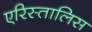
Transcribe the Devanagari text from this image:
एरिस्तालिस